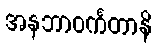
အနဘာဝင်္ကတာနိ